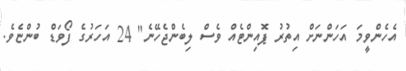
އެހެންވީމަ އަހަންނަށް އިތުރު ޕޮއިންޓެއް ވެސް ލިބެންޖެހޭނެ" 24 އަހަރުގެ ފޯވަޑް ބުންޏެވެ.